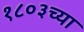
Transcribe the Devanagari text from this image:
१८०३च्या